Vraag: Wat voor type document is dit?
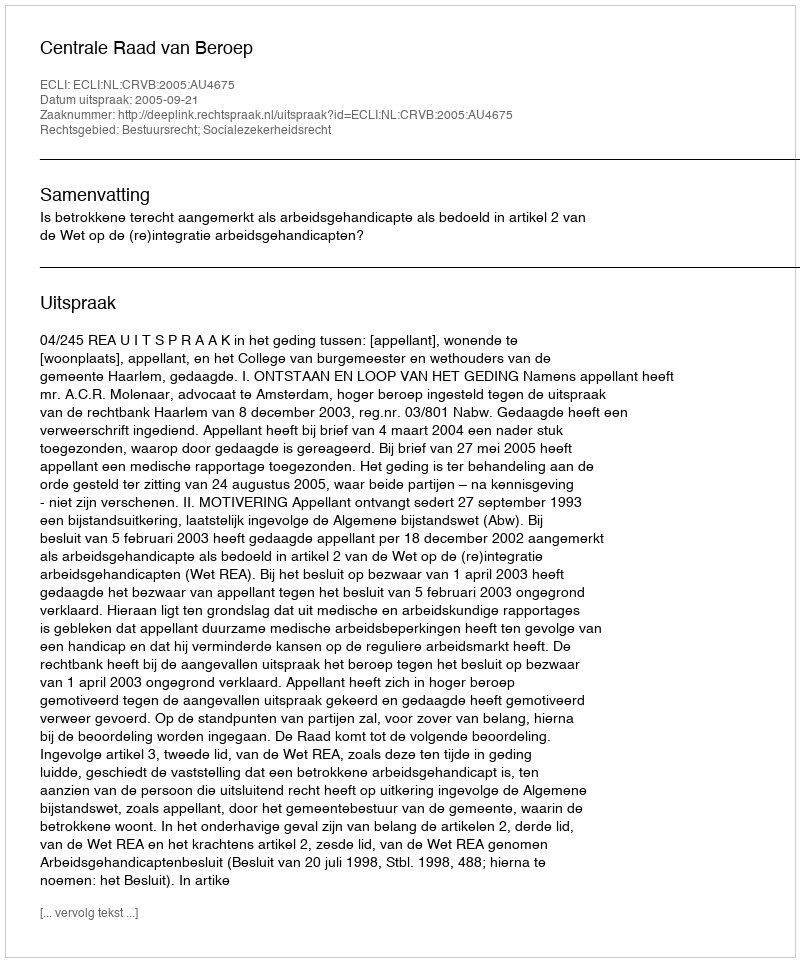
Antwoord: Uitspraak